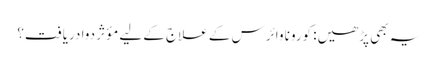
یہ بھی پڑھیں: کورونا وائرس کے علاج کے لیے مؤثر دوا دریافت؟